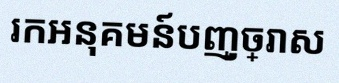
រកអនុគមន៍បញ្ច្រាស